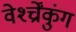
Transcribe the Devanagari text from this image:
वेर्श्च्रेंकुंग